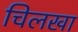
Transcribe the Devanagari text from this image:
चिलखा